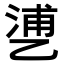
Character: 𬼱